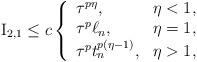
LaTeX: \begin{align*}{\rm I}_{2,1} & \leq c\left\{\begin{array}{ll} \tau^{p\eta}, & \eta<1,\\ \tau^{p}\ell_n, & \eta=1,\\ \tau^{p}t_n^{p(\eta-1)}, & \eta>1,\end{array}\right.\end{align*}